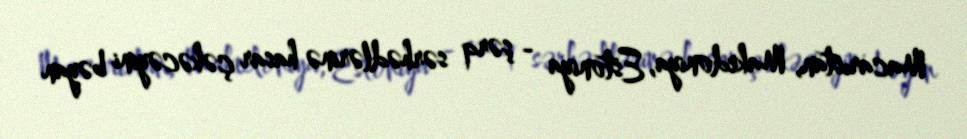
Macarıstan, Makedoniya, Estoniya - şərq sərhədlərinə hasar çəkəcəyini bəyan